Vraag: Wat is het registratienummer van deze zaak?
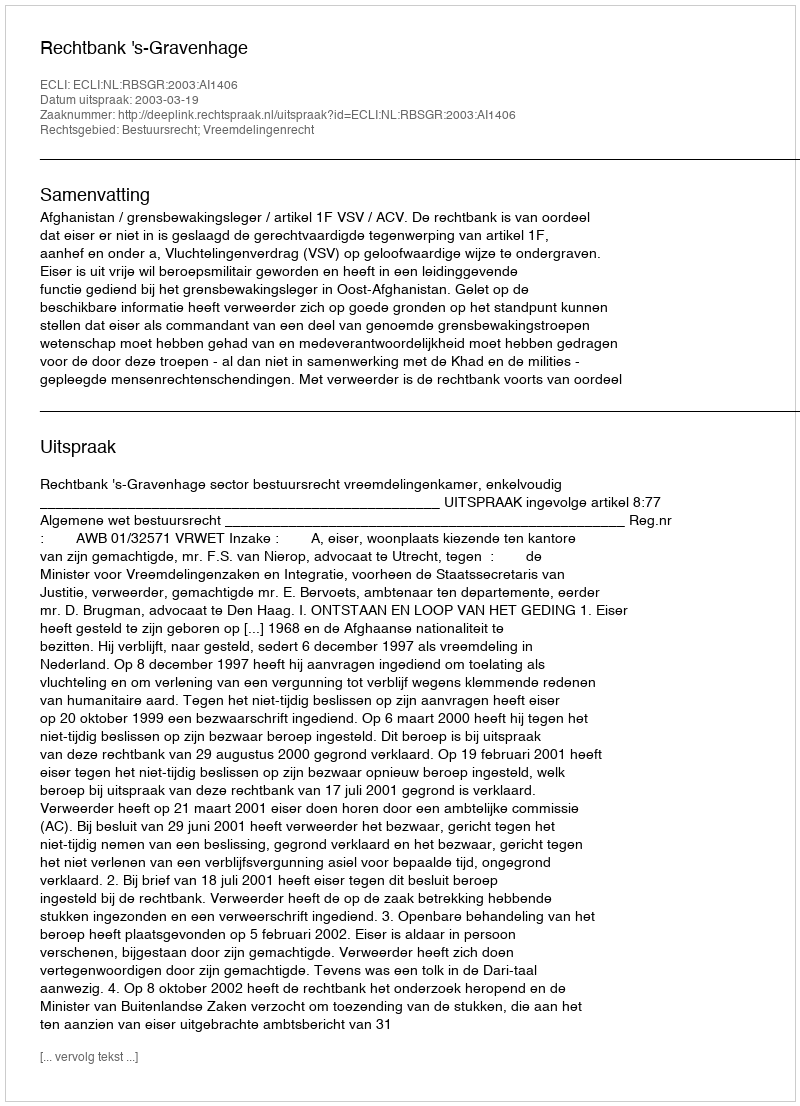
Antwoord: http://deeplink.rechtspraak.nl/uitspraak?id=ECLI:NL:RBSGR:2003:AI1406